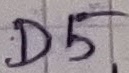
Text: D5